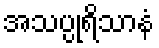
အသပ္ပုရိသာနံ